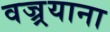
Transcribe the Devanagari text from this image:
वज्र्रयाना